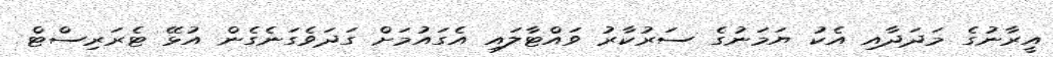
އީރާނުގެ މަދަދާއި އެކު ޔަމަނުގެ ސަރުކާރު ވައްޓާލައި އެގައުމަށް ގަދަވެގަނެގެން އުޅޭ ޓެރަރިސްޓް